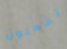
تفعلون